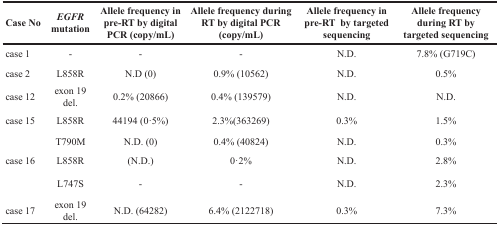
| Case No | EGFR mutation | Allele frequency in pre-RT by digital PCR (copy/mL) | Allele frequency during RT by digital PCR (copy/mL) | Allele frequency in pre-RT by targeted sequencing | Allele frequency during RT by targeted sequencing |
 | --- | --- | --- | --- | --- | --- |
 | case 1 | - | - | - | N.D. | 7.8% (G719C) |
 | case 2 | L858R | N.D (0) | 0.9% (10562) | N.D. | 0.5% |
 | case 12 | exon 19 del. | 0.2% (20866) | 0.4% (139579) | N.D. | N.D. |
 | case 15 | L858R | 44194 (0·5%) | 2.3%(363269) | 0.3% | 1.5% |
 |  | T790M | N.D. (0) | 0.4% (40824) | N.D. | 0.3% |
 | case 16 | L858R | (N.D.) | 0·2% | N.D. | 2.8% |
 |  | L747S | - | - | N.D. | 2.3% |
 | case 17 | exon 19 del. | N.D. (64282) | 6.4% (2122718) | 0.3% | 7.3% |